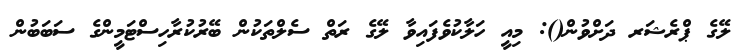
ލޭގެ ޕްރެޝަރ ދަށްވުން(): މިއީ ހަލާކުވެފައިވާ ލޭގެ ރަތް ސެލްތަކުން ބޭރުކުރާހިސްޓަމީންގެ ސަބަބުން